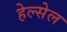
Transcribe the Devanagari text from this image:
हेल्सेल